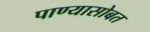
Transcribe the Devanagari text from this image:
पाण्‍यासोबत